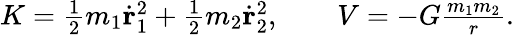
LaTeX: \begin{array}{r}{K={\frac{1}{2}}m_{1}\dot{\mathbf r}_{1}^{2}+{\frac{1}{2}}m_{2}\dot{\mathbf r}_{2}^{2},\qquad V=-G\frac{m_{1}m_{2}}{r}.}\end{array}